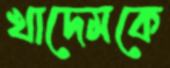
খাদেমকে